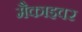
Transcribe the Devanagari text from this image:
मैकाइवर